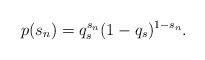
LaTeX: \begin{align*}p(s_{n})=q_{s}^{s_{n}}(1-q_{s})^{1-s_{n}}.\end{align*}